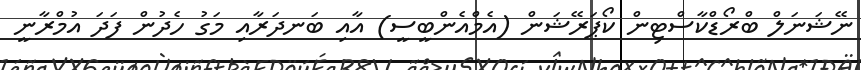
ނޭޝަނަލް ބްރޯޑްކާސްޓިން ކޯޕަރޭޝަން (އެމްއެންބީސީ) އާއި ބަނދަރާއި މަގު ހެދުން ފަދަ އުމްރާނީ